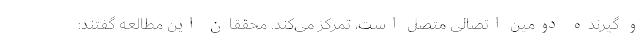
و گیرنده دومین اتصالی متصل است، تمرکز می‌کند. محققان این مطالعه گفتند: